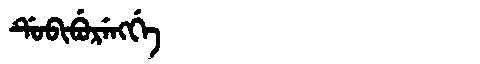
Manchu: ᡩᡠᠪᡳᠪᡠᡵᡝᠩᡤᡝ
Romanization: DUBIBURENGGE